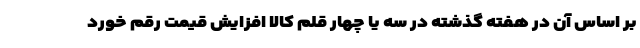
بر اساس آن در هفته گذشته در سه یا چهار قلم کالا افزایش قیمت رقم خورد